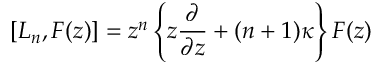
[ L _ { n } , F ( z ) ] = z ^ { n } \left\{ z \frac { \partial } { \partial z } + ( n + 1 ) \kappa \right\} F ( z )